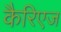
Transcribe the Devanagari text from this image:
कैरिएज